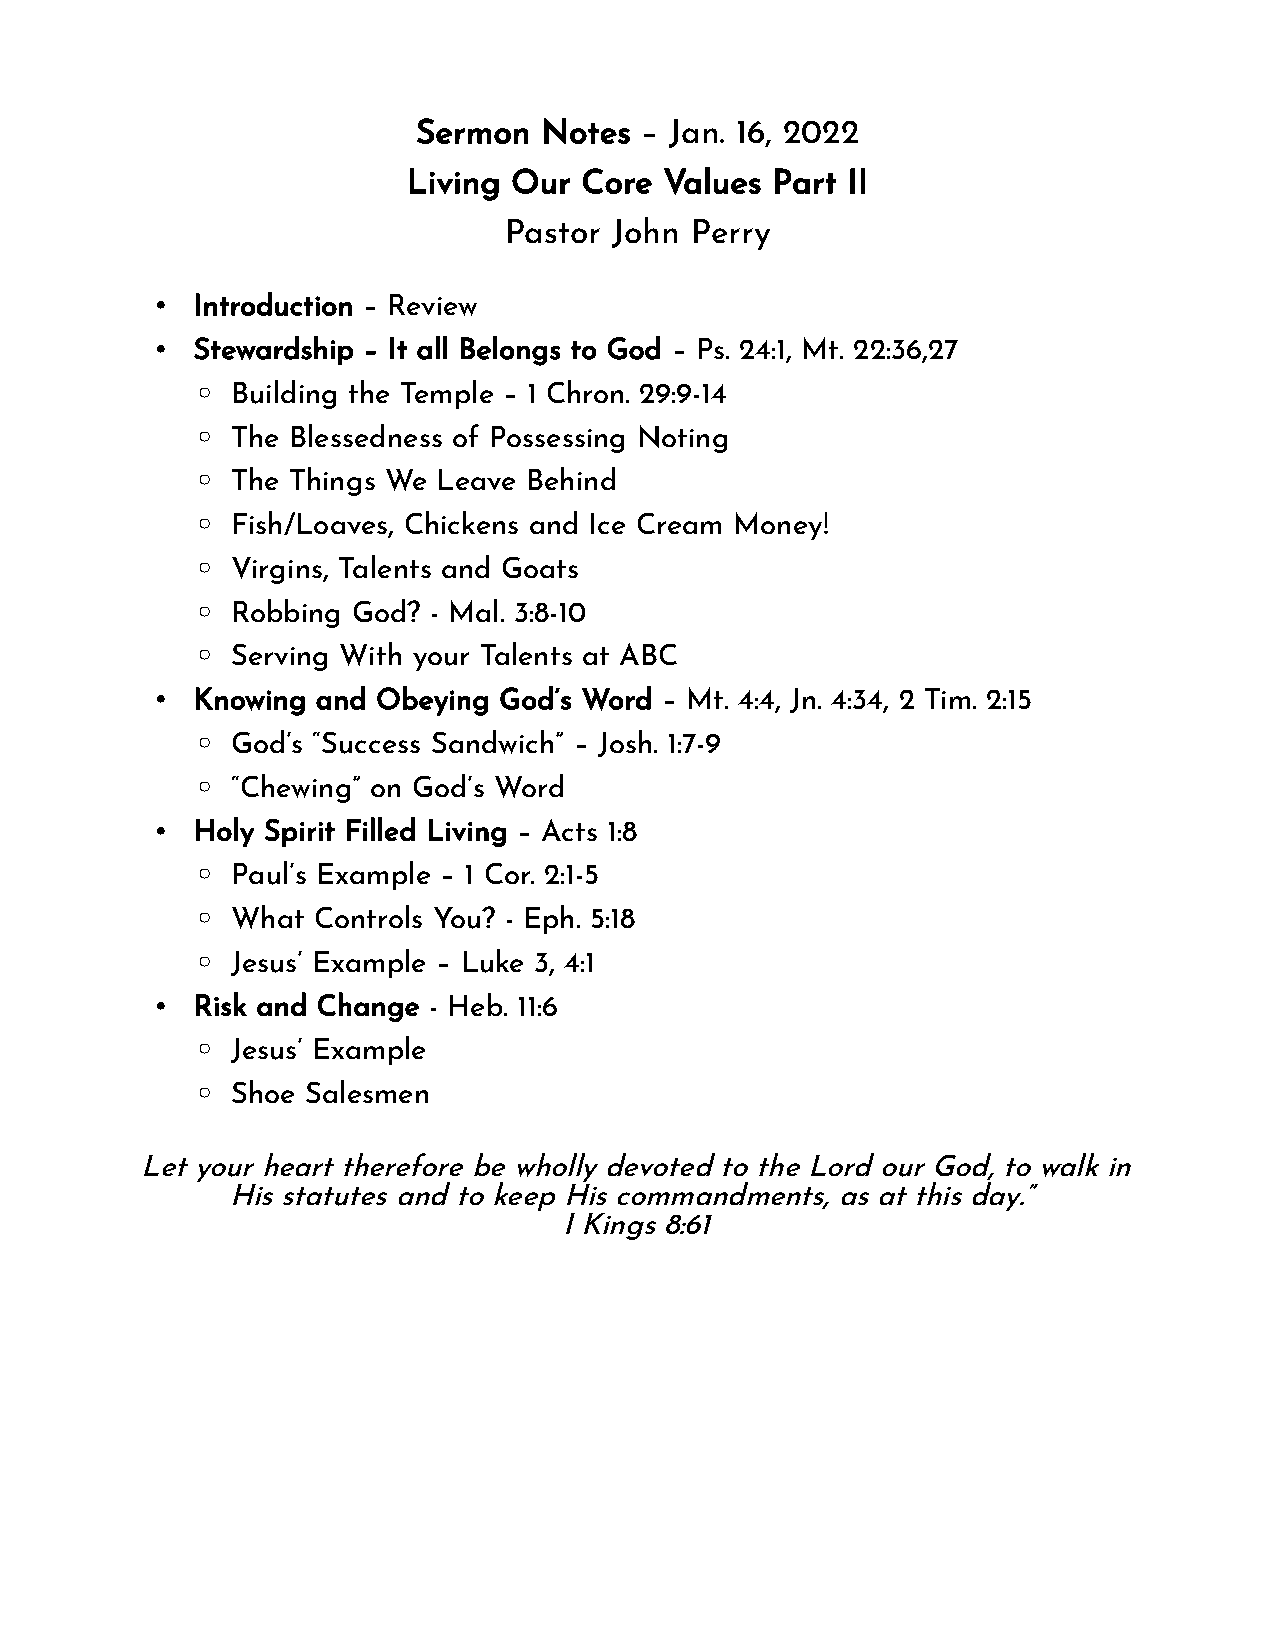
Sermon  Notes – Jan. 16, 2022
 Living Our Core  Values Part II
 Pastor  John Perry
 •  Introduction – Review
 •  Stewardship – It all Belongs to God – Ps. 24:1, Mt. 22:36,27
 ◦ Building the Temple – 1 Chron. 29:9-14
 ◦ The Blessedness of Possessing Noting
 ◦ The Things We Leave Behind
 ◦ Fish/Loaves, Chickens and Ice Cream Money!
 ◦ Virgins, Talents and Goats
 ◦ Robbing God? - Mal. 3:8-10
 ◦ Serving With your Talents at ABC
 •  Knowing and Obeying God’s Word – Mt. 4:4, Jn. 4:34, 2 Tim. 2:15
 ◦ God’s “Success Sandwich” – Josh. 1:7-9
 ◦ “Chewing” on God’s Word
 •  Holy Spirit Filled Living – Acts 1:8
 ◦ Paul’s Example – 1 Cor. 2:1-5
 ◦ What  Controls You? - Eph. 5:18
 ◦ Jesus’ Example – Luke 3, 4:1
 •  Risk and Change - Heb. 11:6
 ◦ Jesus’ Example
 ◦ Shoe Salesmen
 Let your heart therefore be wholly devoted to the Lord our God, to walk in
 His statutes and to keep His commandments, as at this day.”
 I Kings 8:61